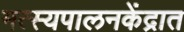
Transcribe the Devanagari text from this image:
मत्स्यपालनकेंद्रात